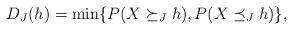
\begin{align*}D_J(h)=\min\{P(X \succeq_J h), P(X\preceq_J h)\}, \end{align*}